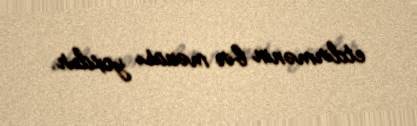
etdirmənin bir mənası yoxdur.